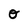
Character: O